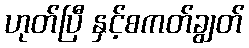
ဟုတ်ပြီ နှင့်စကတ်ချွတ်